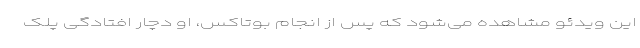
این ویدئو مشاهده می‌شود که پس از انجام بوتاکس، او دچار افتادگی پلک